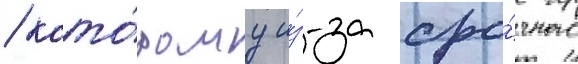
/ кото́рому и́з-за сро́чного